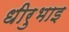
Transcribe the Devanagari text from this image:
धीरुभाइ